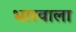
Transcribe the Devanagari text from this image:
भारवाला